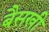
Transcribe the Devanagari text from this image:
बैसखी